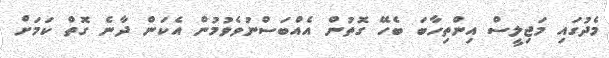
މެދުގައި މަޖިލީސް އިންތިހާބަ ބެހޭ ގޮތުން އެއްބަސްނުވެވުމުން އެކަން ދާނެ ގޮތް ކަމަށް